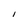
Character: 1